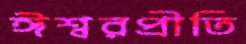
ঈশ্বরপ্রীতি